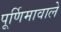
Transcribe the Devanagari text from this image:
पूर्णिमावाले